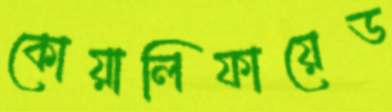
কোয়ালিফায়েড